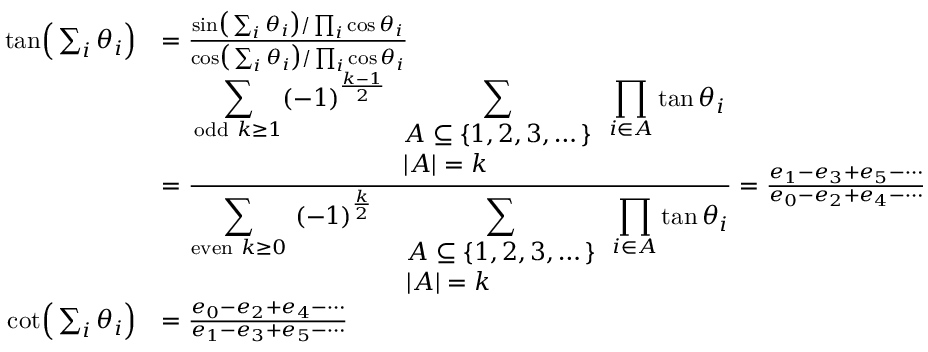
{ \begin{array} { r l } { { \tan } { \Bigl ( } \sum _ { i } \theta _ { i } { \Bigr ) } } & { = { \frac { { \sin } { \bigl ( } \sum _ { i } \theta _ { i } { \bigr ) } / \prod _ { i } \cos \theta _ { i } } { { \cos } { \bigl ( } \sum _ { i } \theta _ { i } { \bigr ) } / \prod _ { i } \cos \theta _ { i } } } } \\ & { = { \frac { \displaystyle \sum _ { { \mathrm { o d d } } \ k \geq 1 } ( - 1 ) ^ { \frac { k - 1 } { 2 } } \sum _ { \begin{array} { l } { A \subseteq \{ 1 , 2 , 3 , \dots \} } \\ { \left| A \right| = k } \end{array} } \prod _ { i \in A } \tan \theta _ { i } } { \displaystyle \sum _ { { \mathrm { e v e n } } \ k \geq 0 } ~ ( - 1 ) ^ { \frac { k } { 2 } } ~ ~ \sum _ { \begin{array} { l } { A \subseteq \{ 1 , 2 , 3 , \dots \} } \\ { \left| A \right| = k } \end{array} } \prod _ { i \in A } \tan \theta _ { i } } } = { \frac { e _ { 1 } - e _ { 3 } + e _ { 5 } - \cdots } { e _ { 0 } - e _ { 2 } + e _ { 4 } - \cdots } } } \\ { { \cot } { \Bigl ( } \sum _ { i } \theta _ { i } { \Bigr ) } } & { = { \frac { e _ { 0 } - e _ { 2 } + e _ { 4 } - \cdots } { e _ { 1 } - e _ { 3 } + e _ { 5 } - \cdots } } } \end{array} }